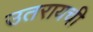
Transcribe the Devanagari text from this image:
उतरायची